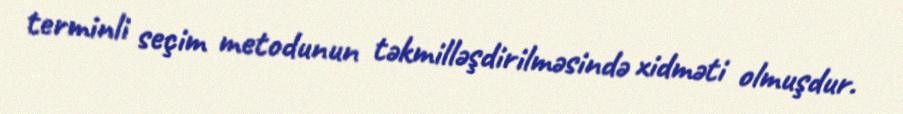
terminli seçim metodunun təkmilləşdirilməsində xidməti olmuşdur.